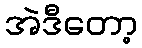
အဲဒီတော့